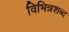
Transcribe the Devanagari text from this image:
विभिन्नशब्द